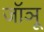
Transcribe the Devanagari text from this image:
जॉञू